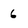
Character: 6